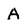
Character: A